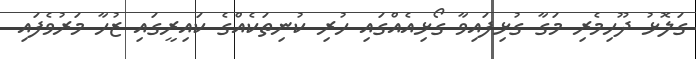
ގަލޮޅު ދޫހިމެރި މަގާ ގުޅިފައިވާ ގޯޅިއެއްގައި ހުރި ކުނިތަކެއްގެ ކައިރީގައި ޒުހާ މަރުވެފައި